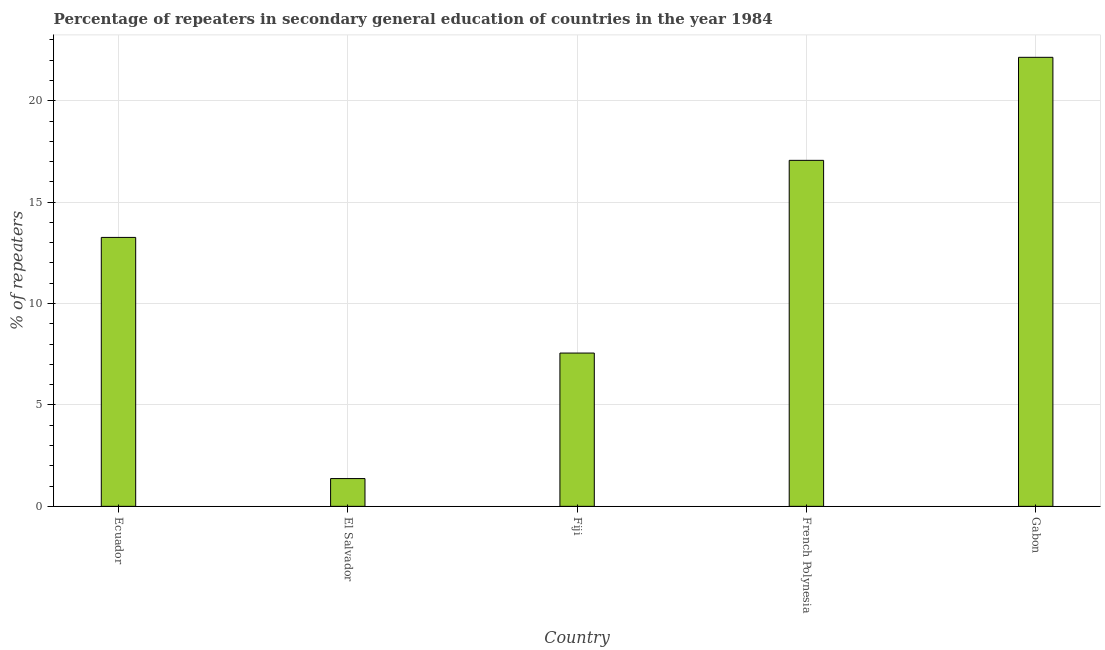
| Country | Percentage of repeaters |
 | --- | --- |
 | Ecuador | 13.3 |
 | El Salvador | 1.37 |
 | Fiji | 7.56 |
 | French Polynesia | 17.1 |
 | Gabon | 22.1 |